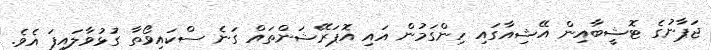
ޖަޕާނުގެ ޓޮޝީބާއިން އޭޝިއާގައި ހިންގަމުން އައި އޮޕަރޭޝަންތައް ގަނެ ސްކައިވޯތާ ގުޅުވާލައިފަ އެވެ.